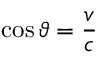
\cos \vartheta = { \frac { v } { c } }